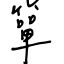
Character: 簞